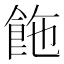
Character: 𩛆